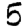
Digit: 5